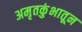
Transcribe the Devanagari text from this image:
अमृतकुंभातून